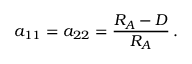
a _ { 1 1 } = a _ { 2 2 } = { \frac { R _ { A } - D } { R _ { A } } } \, .